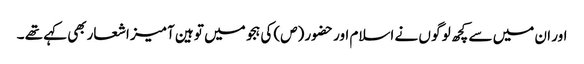
اور ان میں سے کچھ لو گو ں نے اسلام اور حضور (ص) کی ہجو میں تو ہین آمیز اشعاربھی کہے تھے ۔